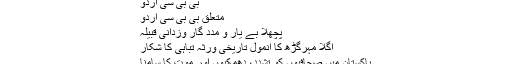
بشکریہ: بی بی سی اردو سروس
بی بی سی اُردو
متعلق بی بی سی اُردو
پچھلا بے یار و مدد گار وزدانی قبیلہ
اگلا مہرگڑھ کا انمول تاریخی ورثہ تباہی کا شکار
پاکستان میں صحافیوں کو تشدد، دھمکیوں اور موت کا سامنا
اسلام آباد سمیت ملک بھر میں حالات کشیدہ